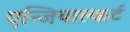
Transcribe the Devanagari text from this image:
एन्जियाल्कर्ट